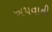
અપવાની